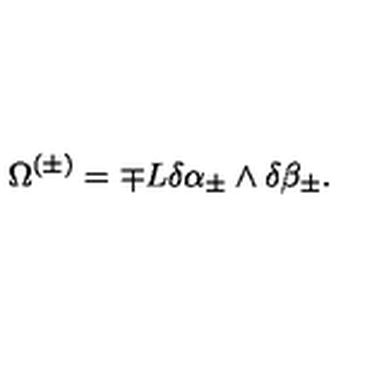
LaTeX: \Omega ^ { ( \pm ) } = \mp L \delta \alpha _ { \pm } \wedge \delta \beta _ { \pm } .